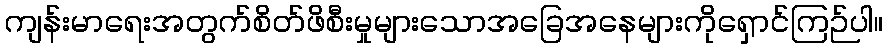
ကျန်းမာရေးအတွက်စိတ်ဖိစီးမှုများသောအခြေအနေများကိုရှောင်ကြဉ်ပါ။